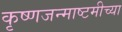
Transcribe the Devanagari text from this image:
कृष्णजन्माष्टमीच्या